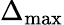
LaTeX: \Delta_{\textrm{max}}